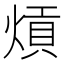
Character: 熕